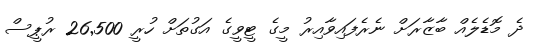
ދެ މޮޑެލެއް ބާޒާރަށް ނެރެފައިވާއިރު މީގެ ޓީވީގެ އަގުތަށް ހުރީ 26